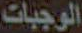
الوجبات